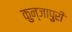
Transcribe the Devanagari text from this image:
कुन्जापुरी